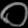
Digit: ၀